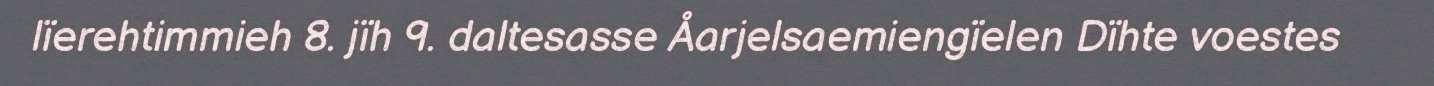
lïerehtimmieh 8. jïh 9. daltesasse Åarjelsaemiengïelen Dïhte voestes